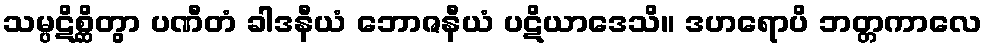
သမ္ပဋိစ္ဆိတွာ ပဏီတံ ခါဒနီယံ ဘောဇနီယံ ပဋိယာဒေသိ။ ဒဟရောပိ ဘတ္တကာလေ